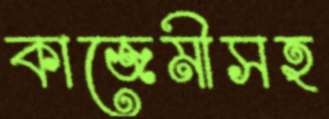
কাজেমীসহ